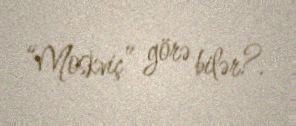
“Moskviç” görə bilər?.